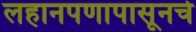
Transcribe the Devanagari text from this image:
लहानपणापासूनचे